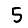
Digit: 5